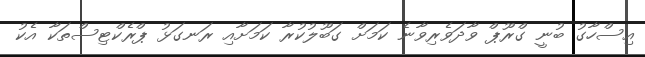
އިސްހާގު ބުނީ ގްރޫޕް ވާދަވެރިވާނެ ކަމަށް ގަބޫލުކުރާ ކަމަށާއި ރަނގަޅު ޕްރެކްޓިސްތަކާ އެކު